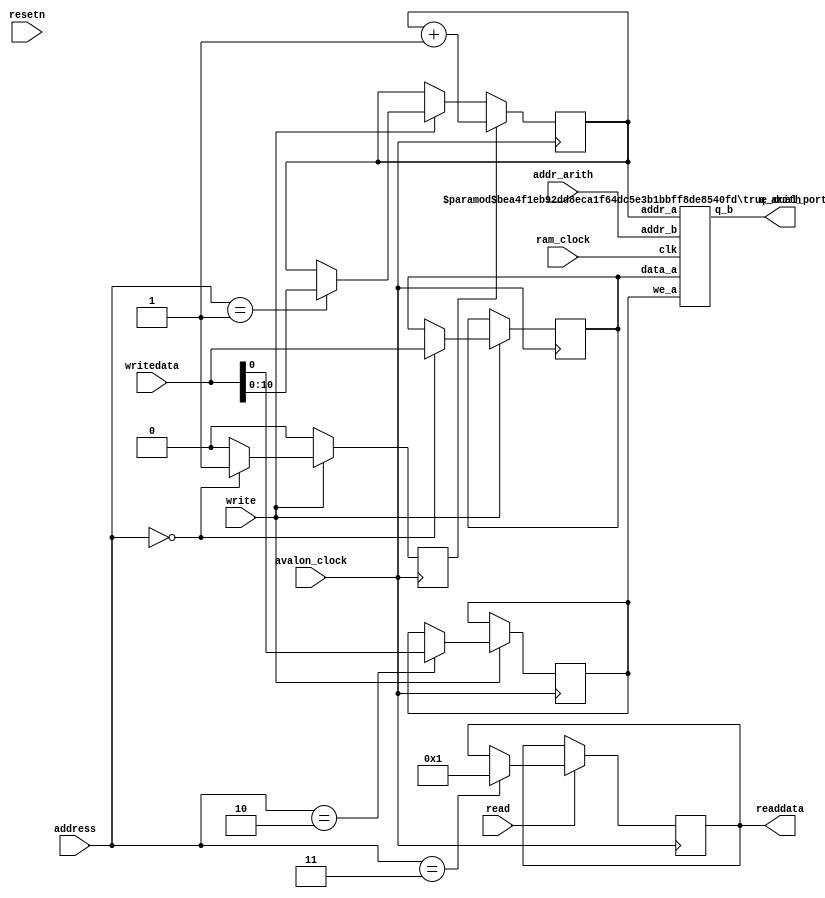
module dpRamTX
(
input avalon_clock, ram_clock, resetn, read, write,
input [2:0] address,
input [10:0] addr_arith,
input [31:0] writedata,
output [31:0] q_arith,
output reg [31:0] readdata
);

parameter ID = 1;

reg [10:0] addr_hps;
reg [31:0] data_hps;
reg we_hps, w_inc;

always@(posedge avalon_clock) begin
	w_inc <= 1'b0;
	if(write) begin
		case(address)
			3'b000: begin
				data_hps <= writedata;
				w_inc <= 1'b1;
			end
			3'b001: addr_hps <= writedata[10:0];
			3'b010: we_hps <= writedata[0];
			default: ;
		endcase
	end
	if(read) begin
		case(address)
			3'b011: readdata <= ID;
			default: ;
		endcase
	end
	if(w_inc) addr_hps <= addr_hps + 11'b1;
end


true_dual_port_ram_single_clock_tx #(.DATA_WIDTH(32), .ADDR_WIDTH(11)) dpr(
.data_a(data_hps),
.addr_a(addr_hps),
.addr_b(addr_arith),
.we_a(we_hps),
.clk(ram_clock),
.q_b(q_arith)
);

endmodule

// Quartus Prime Verilog Template
// True Dual Port RAM with single clock

module true_dual_port_ram_single_clock_tx
#(parameter DATA_WIDTH=8, parameter ADDR_WIDTH=6)
(
	input [(DATA_WIDTH-1):0] data_a, data_b,
	input [(ADDR_WIDTH-1):0] addr_a, addr_b,
	input we_a, we_b, clk,
	output reg [(DATA_WIDTH-1):0] q_a, q_b
);

	// Declare the RAM variable
	reg [DATA_WIDTH-1:0] ram[2**ADDR_WIDTH-1:0];

	// Port A 
	always @ (posedge clk)
	begin
		if (we_a) 
		begin
			ram[addr_a] <= data_a;
			q_a <= data_a;
		end
		else 
		begin
			q_a <= ram[addr_a];
		end 
	end 

	// Port B 
	always @ (posedge clk)
	begin
		if (we_b) 
		begin
			ram[addr_b] <= data_b;
			q_b <= data_b;
		end
		else 
		begin
			q_b <= ram[addr_b];
		end 
	end

endmodule